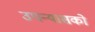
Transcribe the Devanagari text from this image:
उपन्यासको